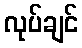
လုပ်ချင်